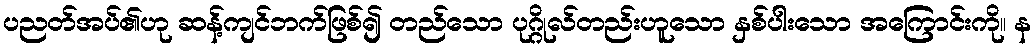
ပညတ်အပ်၏ဟု ဆန့်ကျင်ဘက်ဖြစ်၍ တည်သော ပုဂ္ဂိုလ်တည်းဟူသော နှစ်ပါးသော အကြောင်းကို။ န